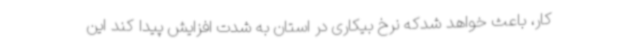
کار، باعث خواهد شدکه نرخ بیکاری در استان به شدت افزایش پیدا کند این